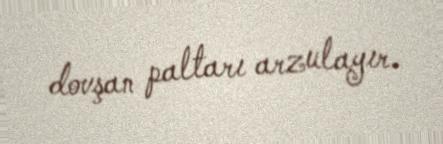
dovşan paltarı arzulayır.